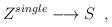
LaTeX: \begin{align*} Z^{single} \longrightarrow S \;\;,\end{align*}